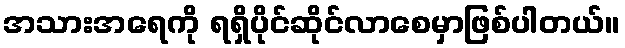
အသားအရေကို ရရှိပိုင်ဆိုင်လာစေမှာဖြစ်ပါတယ်။